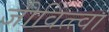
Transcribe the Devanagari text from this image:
जीवित्त्वा